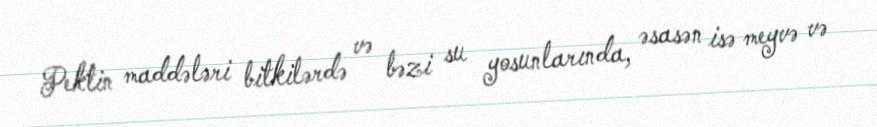
Pektin maddələri bitkilərdə və bəzi su yosunlarında, əsasən isə meyvə və